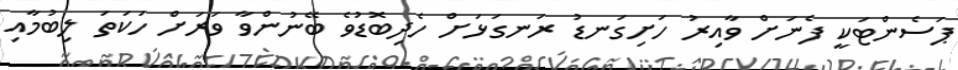
ޕަސެންޓަކީ ފެނަށް ވާއިރު ހަށިގަނޑު ރަނގަޅަށް ހެދިބޮޑުވެ ބޭނުންވާ ވަރަށް ހަކަތަ ލިބުމާއި